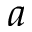
^ Ḋ a Ḍ